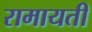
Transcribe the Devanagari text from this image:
रामायती